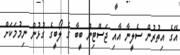
އޭގެ އިތުރުން ސެލީނާ އާއި ޖަސްޓިން ބީބާ ގެ ލޯބީގެ ގުޅުން ނިމުމަކަށް